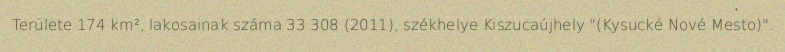
Területe 174 km², lakosainak száma 33 308 (2011), székhelye Kiszucaújhely "(Kysucké Nové Mesto)".